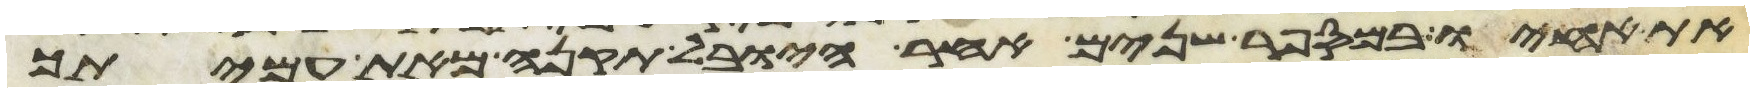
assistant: את אחיו במספר שנים אחר היובל תקנה מאת עמיתך